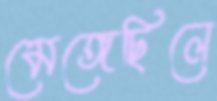
মেঙ্গেছিলে